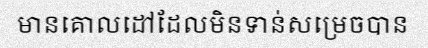
មានគោលដៅដែលមិនទាន់សម្រេចបាន